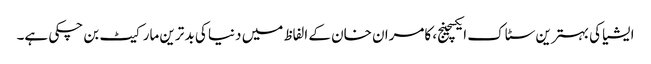
ایشیا کی بہترین سٹاک ایکسچینج، کامران خان کے الفاظ میں دنیا کی بد ترین مارکیٹ بن چکی ہے۔